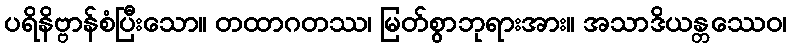
ပရိနိဗ္ဗာန်စံပြီးသော။ တထာဂတဿ၊ မြတ်စွာဘုရားအား။ အသာဒိယန္တဿေဝ၊